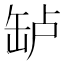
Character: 𬙎